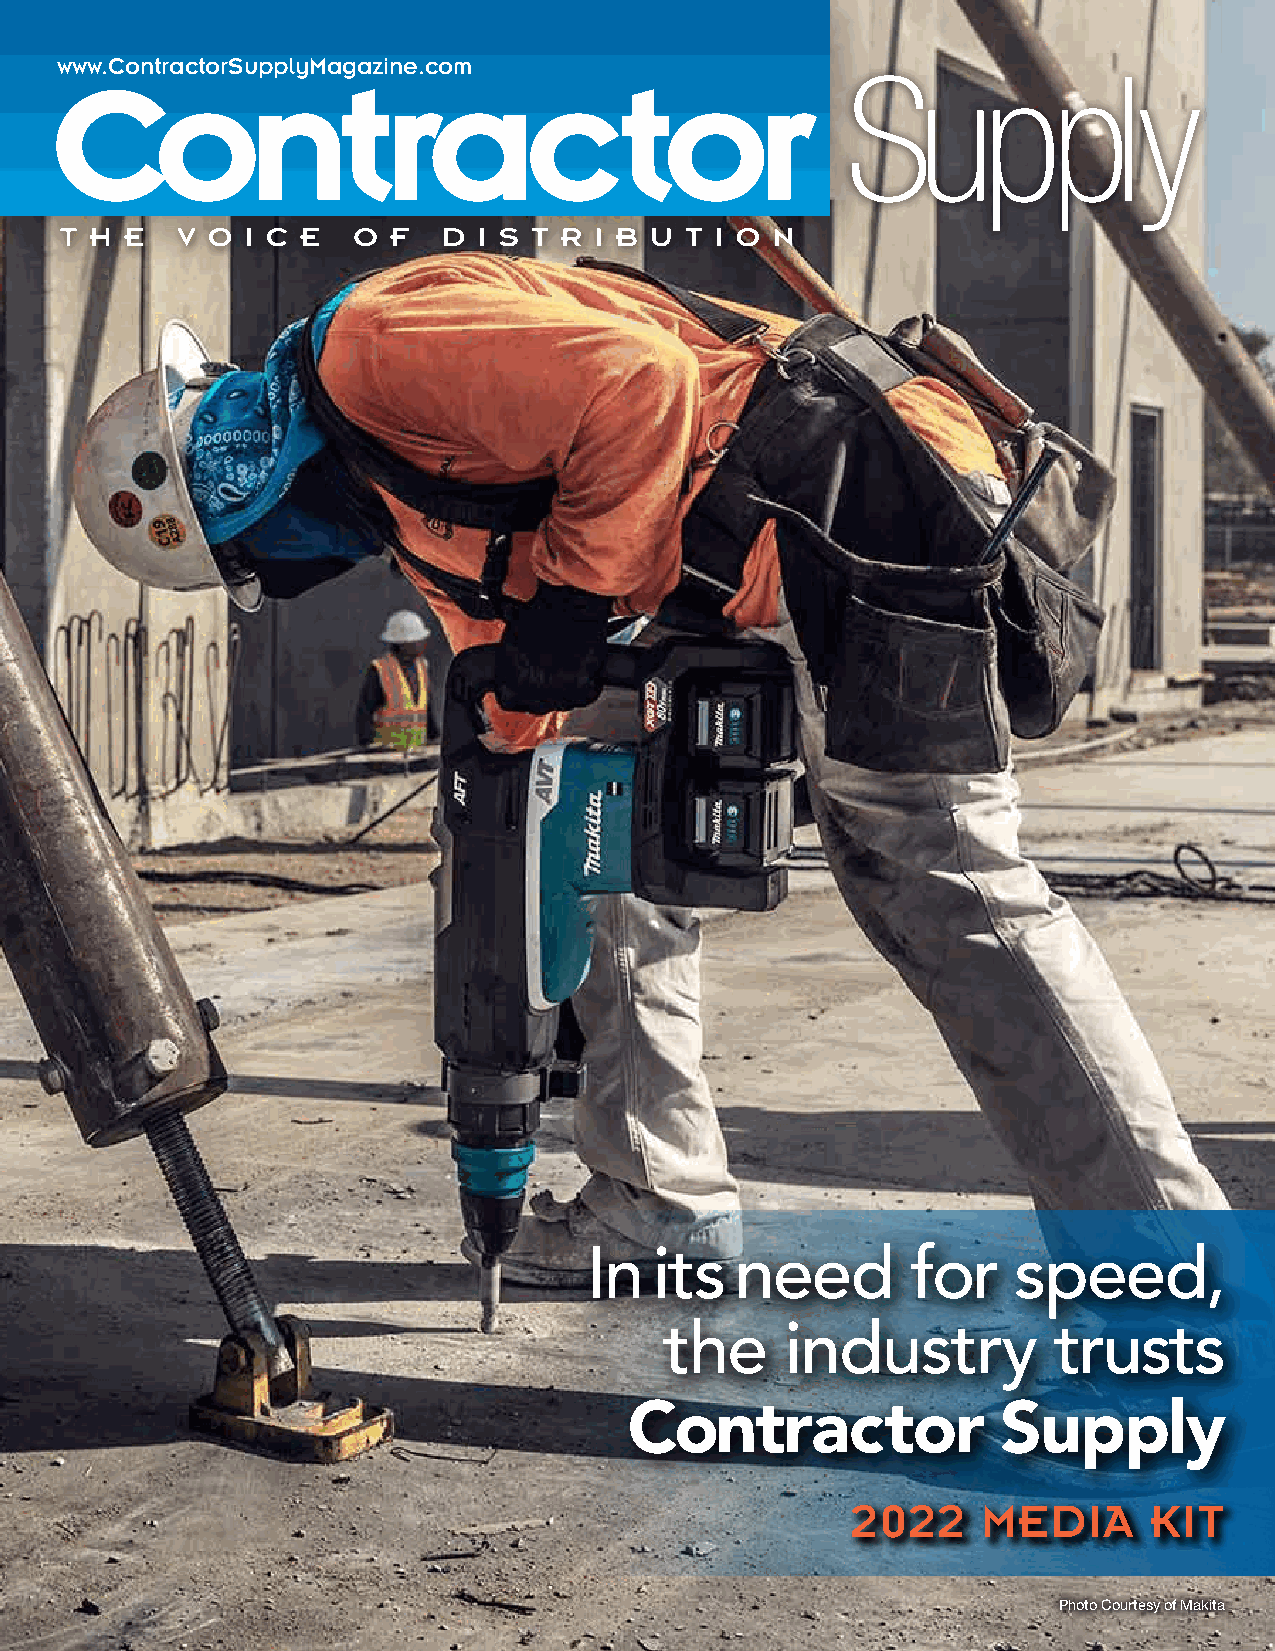
www.ContractorSupplyMagazine.com
 In  its   need       for    speed,
 the     industry          trusts
 Contractor              Supply
 2022     Media      Kit
 Photo Courtesy of Makita